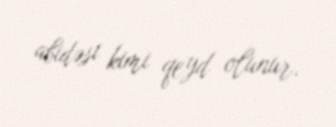
abidəsi kimi qeyd olunur.